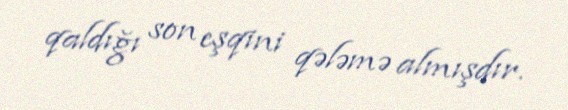
qaldığı son eşqini qələmə almışdır.